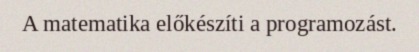
A matematika előkészíti a programozást.